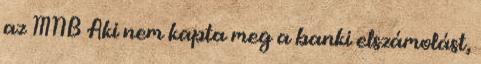
az MNB Aki nem kapta meg a banki elszámolást,